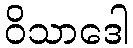
ဝိသာဒေါ